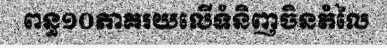
ពន្ធ១០ភាគរយលើទំនិញចិនតំលៃ